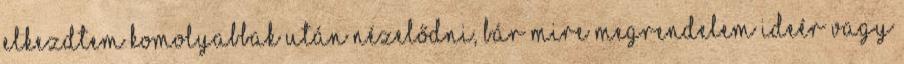
elkezdtem komolyabbak után nézelődni, bár mire megrendelem ideér vagy